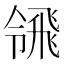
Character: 𩙳